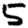
Digit: 5